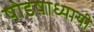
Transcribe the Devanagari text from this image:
षोडषाध्यायी